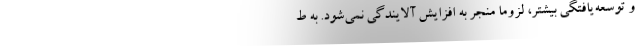
و توسعه‌یافتگی بیشتر، لزوما منجر به افزایش آلایندگی نمی‌شود. به ط